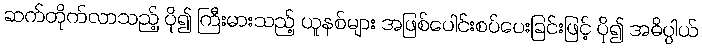
ဆက်တိုက်လာသည့် ပို၍ ကြီးမားသည့် ယူနစ်များ အဖြစ်ပေါင်းစပ်ပေးခြင်းဖြင့် ပို၍ အဓိပ္ပါယ်